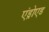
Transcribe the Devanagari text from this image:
एंड्रोएड